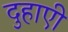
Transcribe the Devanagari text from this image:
दुहाएी